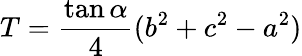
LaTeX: T={\frac{\tan\alpha}{4}}(b^{2}+c^{2}-a^{2})